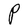
Character: P